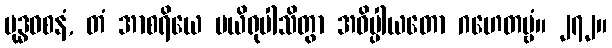
ဗုဒ္ဓဝစနံ, တံ အာစရိယေ ပယိရုပါသိတွာ အဓိပ္ပါယတော ဂဟေတဗ္ဗံ။ ၂၇၂။